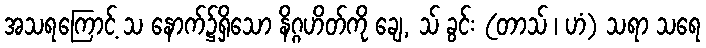
အသရကြောင့် သ နောက်၌ရှိသော နိဂ္ဂဟိတ်ကို ချေ, သ် ခွင်း (တာသ် ၊ ဟံ) သရာ သရေ